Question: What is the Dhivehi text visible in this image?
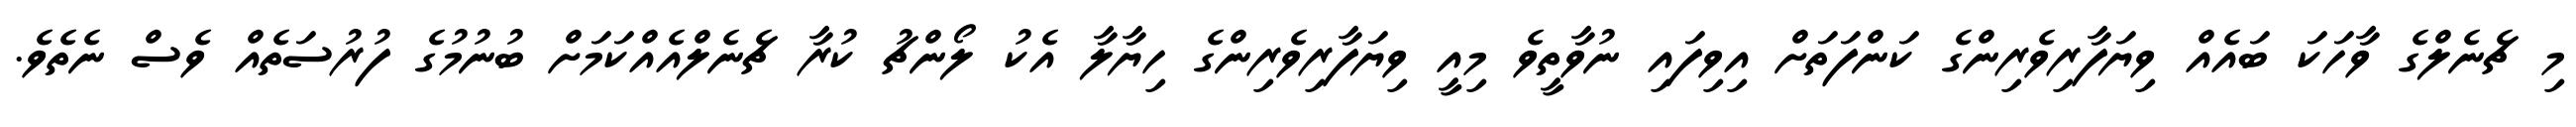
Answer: މި ޗެނެލްގެ ވާހަކަ ބައެއް ވިޔަފާރިވެރިންގެ ކަންފަތަށް އިވިފައި ނުވާތީވެ މިއީ ވިޔަފާރިވެރިންގެ ހިޔާލާ އެކު ލޯންޗު ކުރާ ޗެނެލްއެއްކަމަށް ބުނުމުގެ ފުރުސަތެއް ވެސް ނެތެވެ.